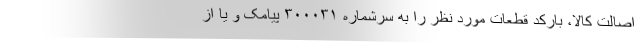
اصالت کالا، بارکد قطعات مورد نظر را به سرشماره ۳۰۰۰۳۱ پیامک و یا از